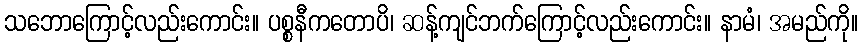
သဘောကြောင့်လည်းကောင်း။ ပစ္စနီကတောပိ၊ ဆန့်ကျင်ဘက်ကြောင့်လည်းကောင်း။ နာမံ၊ အမည်ကို။